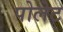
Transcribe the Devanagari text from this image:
पोलेट